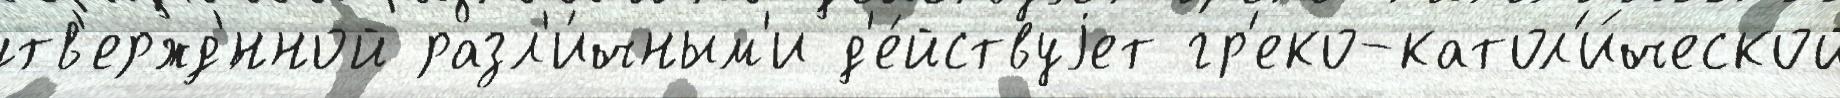
утв'ержд'́нной разл'и́чным'и д'е́йствуjет гр'еко-катол'и́ческой